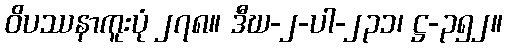
ဝိပဿနာကူးပုံ ၂၇၈။ ဒီဃ-၂-ပါ-၂၃၁၊ ဋ္ဌ-၃၅၂။